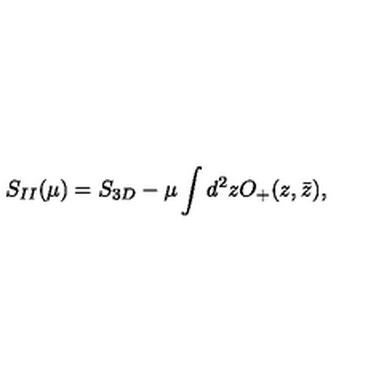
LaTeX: S _ { I I } ( \mu ) = S _ { 3 D } - \mu \int d ^ { 2 } z O _ { + } ( z , \bar { z } ) ,